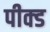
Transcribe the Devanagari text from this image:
पीक्ड